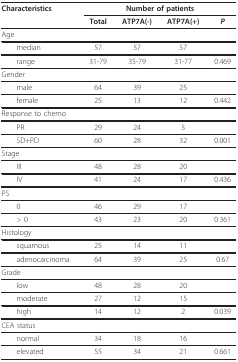
| Characteristics | <COLSPAN=4> Number of patients |
 |  | Total | ATP7A(-) | ATP7A(+) | P |
 | --- | --- | --- | --- | --- |
 | <COLSPAN=5> Age |
 | median | 57 | 57 | 57 |  |
 | range | 31-79 | 35-79 | 31-77 | 0.469 |
 | <COLSPAN=5> Gender |
 | male | 64 | 39 | 25 |  |
 | female | 25 | 13 | 12 | 0.442 |
 | <COLSPAN=5> Response to chemo |
 | PR | 29 | 24 | 5 |  |
 | SD+PD | 60 | 28 | 32 | 0.001 |
 | <COLSPAN=5> Stage |
 | III | 48 | 28 | 20 |  |
 | IV | 41 | 24 | 17 | 0.436 |
 | <COLSPAN=5> PS |
 | 0 | 46 | 29 | 17 |  |
 | > 0 | 43 | 23 | 20 | 0.361 |
 | <COLSPAN=5> Histology |
 | squamous | 25 | 14 | 11 |  |
 | adenocarcinoma | 64 | 39 | 25 | 0.67 |
 | <COLSPAN=5> Grade |
 | low | 48 | 28 | 20 |  |
 | moderate | 27 | 12 | 15 |  |
 | high | 14 | 12 | 2 | 0.039 |
 | <COLSPAN=5> CEA status |
 | normal | 34 | 18 | 16 |  |
 | elevated | 55 | 34 | 21 | 0.661 |